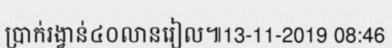
ប្រាក់រង្វាន់៤០លានរៀល៕13-11-2019 08:46